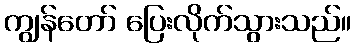
ကျွန်တော် ပြေးလိုက်သွားသည်။